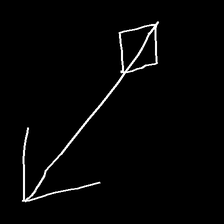
Glyph: focus